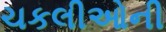
ચકલીઓની